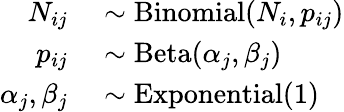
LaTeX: \begin{array}{rl}{N_{ij}}&{{}\sim\mathrm{Binomial}(N_{i},p_{ij})}\\ {p_{ij}}&{{}\sim\mathrm{Beta}(\alpha_{j},\beta_{j})}\\ {\alpha_{j},\beta_{j}}&{{}\sim\mathrm{Exponential}(1)}\end{array}